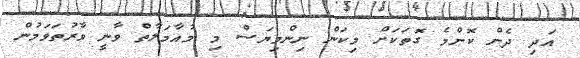
އަދި ދެން ކޮންމެ ގޮތަކަށް މިކަން ނިންމިޔަސް މި މުއާމަލާތް ވާނީ ވާރުތަވަމުން